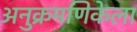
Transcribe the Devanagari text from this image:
अनुक्रमणिकेला